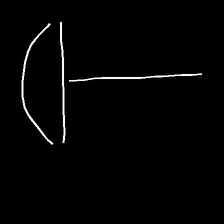
Glyph: dispersion